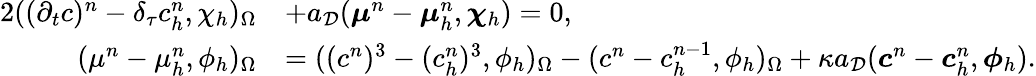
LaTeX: \begin{array}{rl}{{2}((\partial_{t}c)^{n}-\delta_{\tau}c_{h}^{n},\chi_{h})_{\Omega}}&{+a_{\mathcal{D}}(\boldsymbol{\mu}^{n}-\boldsymbol{\mu}_{h}^{n},\boldsymbol{\chi}_{h})=0,}\\ {(\mu^{n}-\mu_{h}^{n},\phi_{h})_{\Omega}}&{=((c^{n})^{3}-(c_{h}^{n})^{3},\phi_{h})_{\Omega}-(c^{n}-c_{h}^{n-1},\phi_{h})_{\Omega}+\kappa a_{\mathcal{D}}(\boldsymbol{c}^{n}-\boldsymbol{c}_{h}^{n},\boldsymbol{\phi}_{h}).}\end{array}